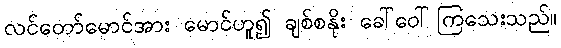
လင်တော်မောင်အား မောင်ဟူ၍ ချစ်စနိုး ခေါ်ဝေါ်ကြသေးသည်။